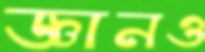
জ্ঞানও